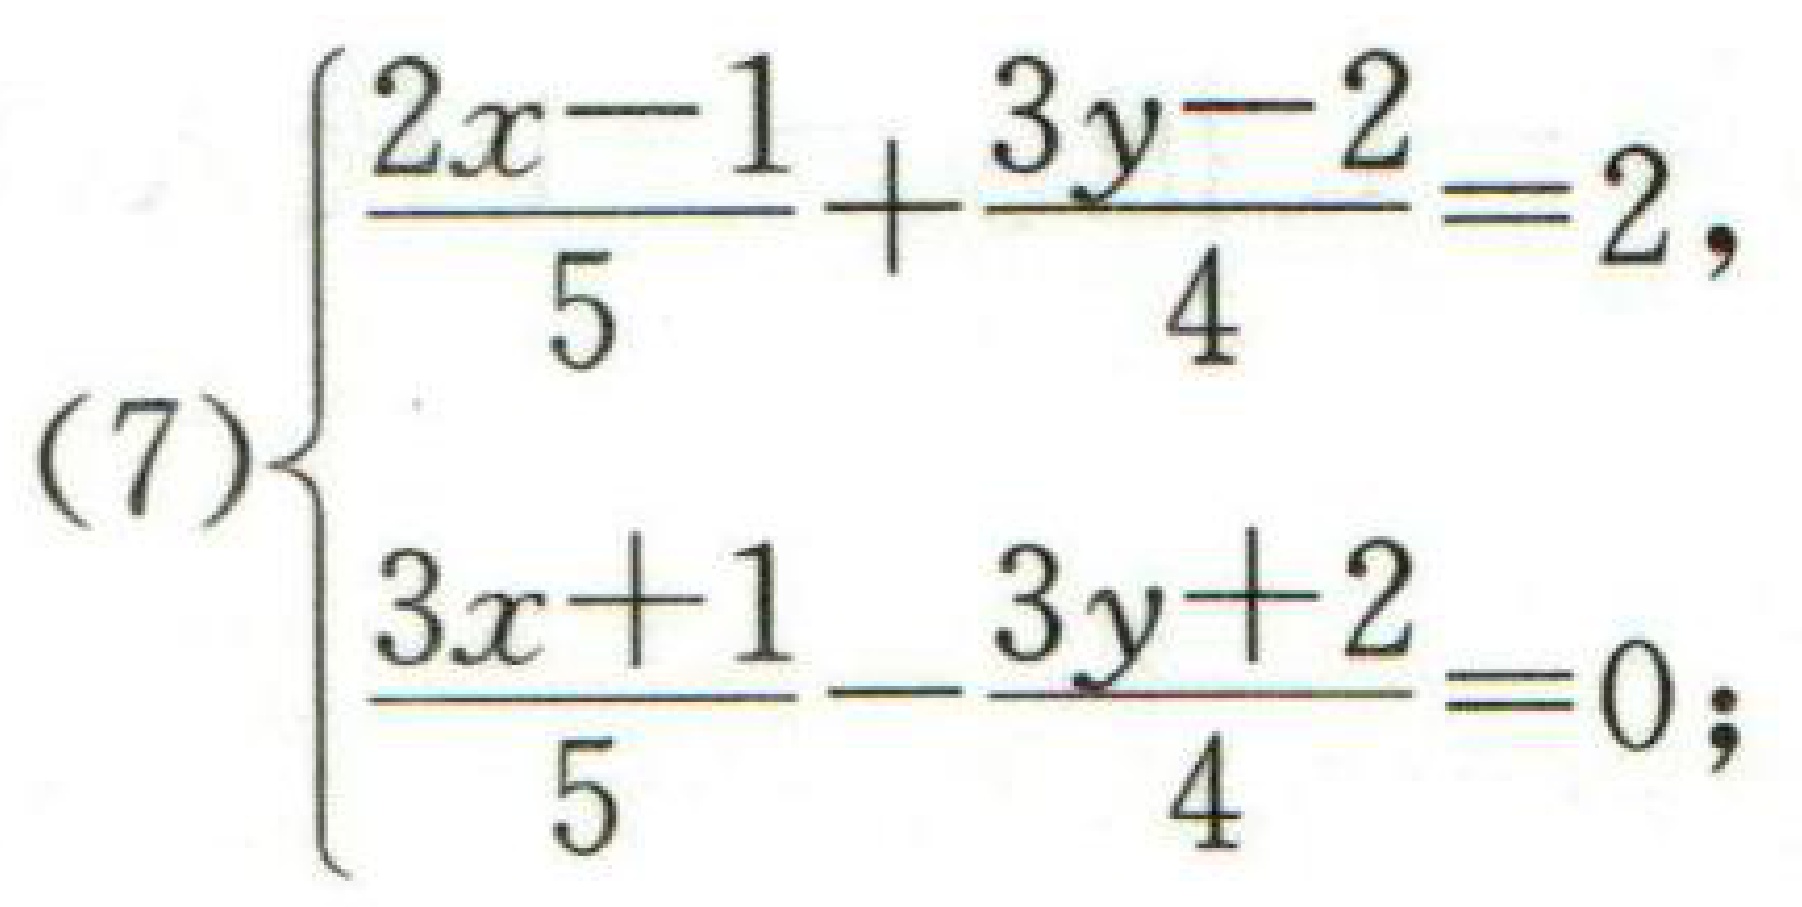
\[(7)\begin{cases}
\frac{2x - 1}{5}+\frac{3y - 2}{4}=2\\
\frac{3x + 1}{5}-\frac{3y + 2}{4}=0
\end{cases}\]